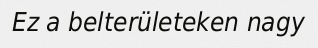
Ez a belterületeken nagy